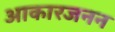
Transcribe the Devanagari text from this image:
आकारजनन